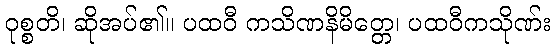
ဝုစ္စတိ၊ ဆိုအပ်၏။ ပထဝီ ကသိဏနိမိတ္တေ၊ ပထဝီကသိုဏ်း